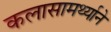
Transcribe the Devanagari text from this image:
कलासामर्थ्याने